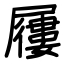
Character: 屨